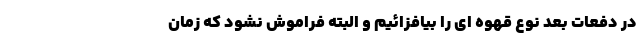
در دفعات بعد نوع قهوه ای را بیافزائیم و البته فراموش نشود که زمان